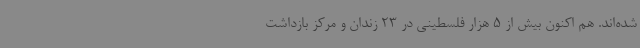
شده‌اند. هم اکنون بیش از 5 هزار فلسطینی در 23 زندان و مرکز بازداشت